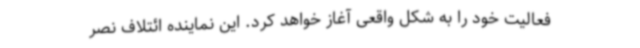
فعالیت خود را به شکل واقعی آغاز خواهد کرد. این نماینده ائتلاف نصر